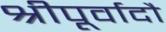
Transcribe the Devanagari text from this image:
श्रीपूर्वादौ